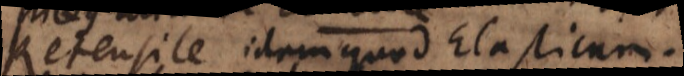
Retensile idem quod Elasticum.